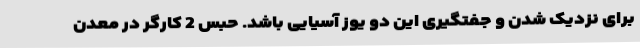
برای نزدیک شدن و جفتگیری این دو یوز آسیایی باشد. حبس 2 کارگر در معدن